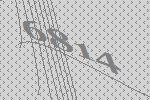
6814